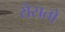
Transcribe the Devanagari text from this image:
रोसतो